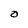
Character: o